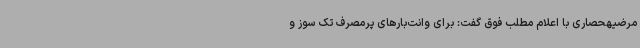
مرضیهحصاری با اعلام مطلب فوق گفت: برای وانت‌بارهای پرمصرف تک سوز و